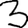
Digit: 3